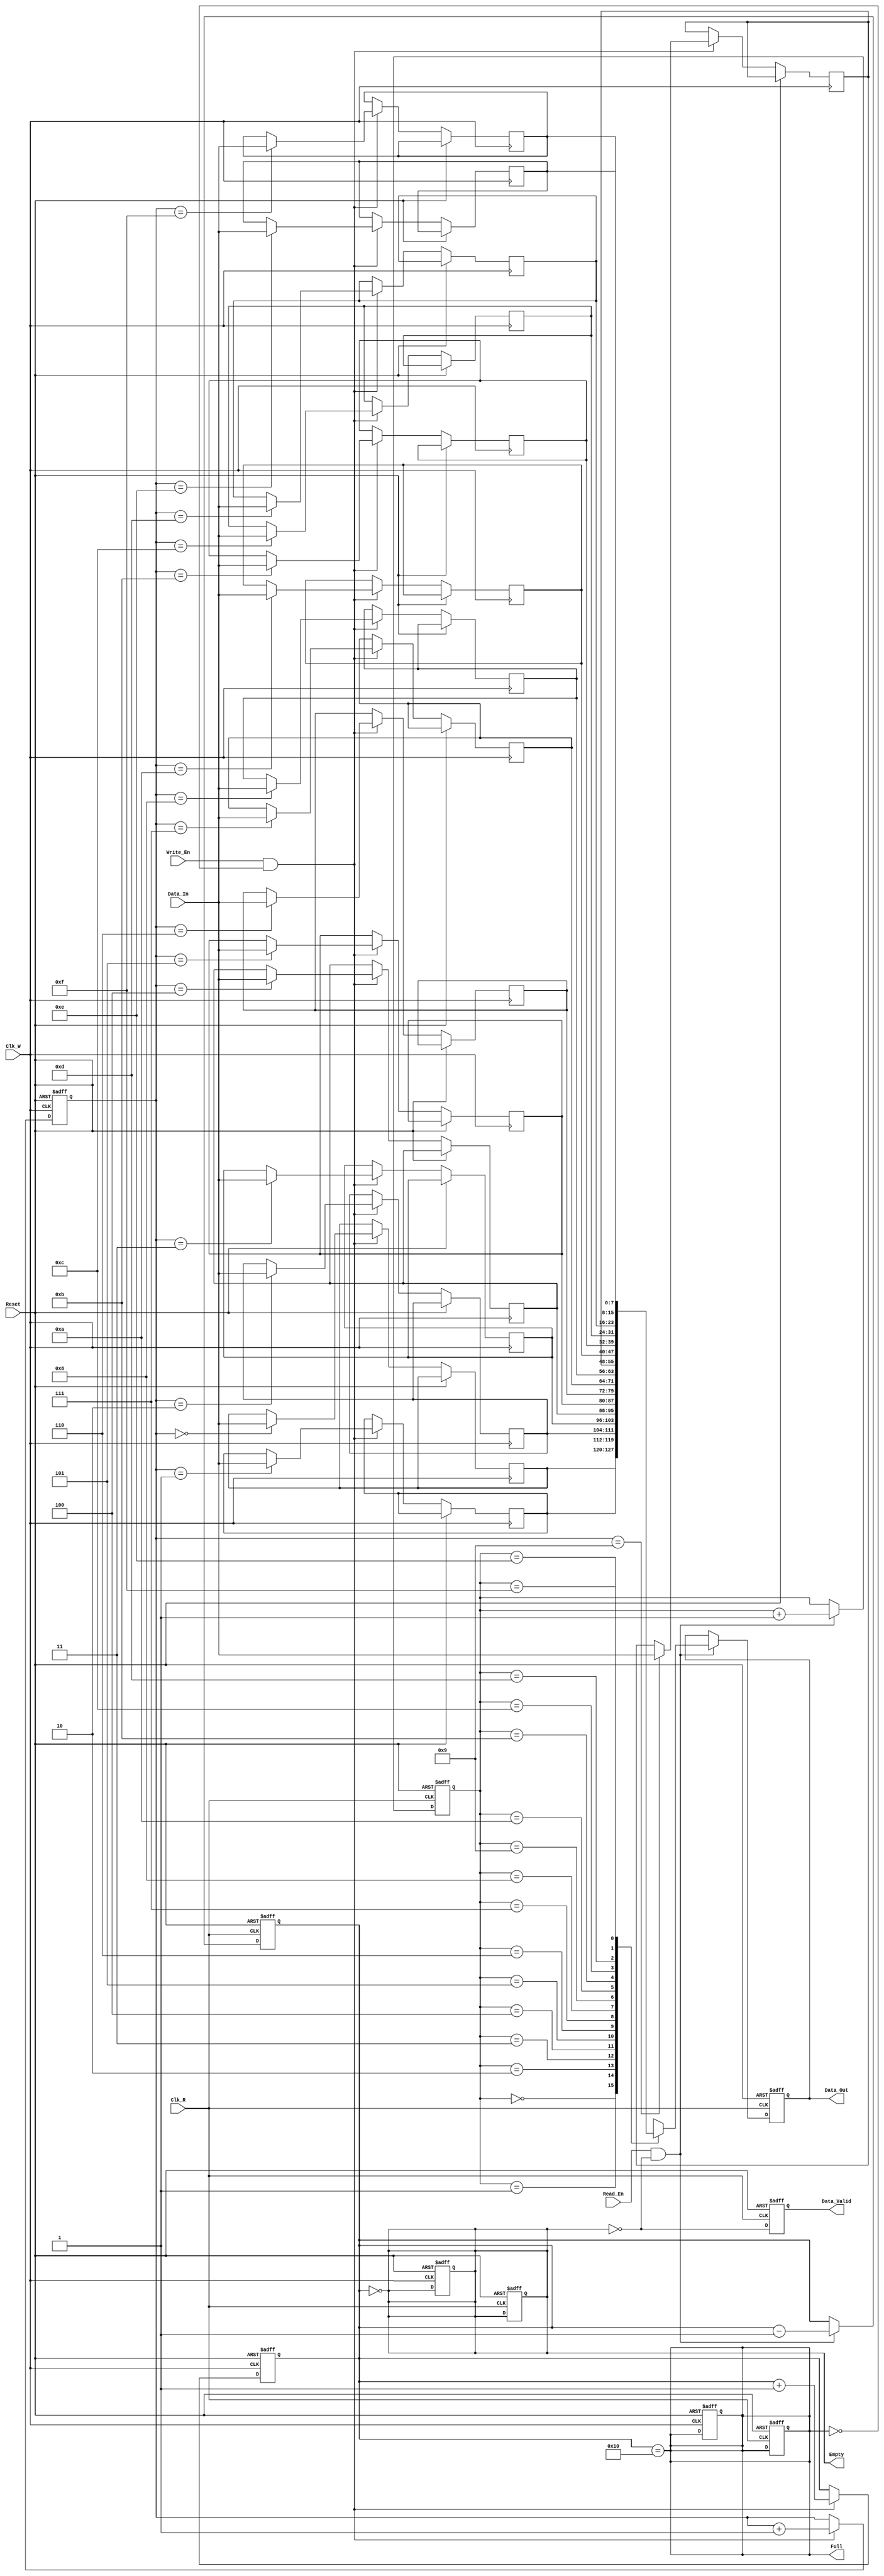
module dual_clock_fifo #(
    parameter DATA_WIDTH = 8,    // Width of the data
    parameter FIFO_DEPTH = 16     // Depth of the FIFO (must be a power of 2)
) (
    input wire Clk_W,             // Write clock
    input wire Clk_R,             // Read clock
    input wire Reset,             // Asynchronous reset
    input wire Write_En,          // Write enable
    input wire Read_En,           // Read enable
    input wire [DATA_WIDTH-1:0] Data_In, // Data input
    output reg [DATA_WIDTH-1:0] Data_Out, // Data output
    output reg Empty,             // FIFO empty flag
    output reg Full,              // FIFO full flag
    output reg Data_Valid         // Data valid signal
);

    // FIFO memory array
    reg [DATA_WIDTH-1:0] fifo_mem [0:FIFO_DEPTH-1];

    // Pointer registers
    reg [clog2(FIFO_DEPTH)-1:0] WPtr;
    reg [clog2(FIFO_DEPTH)-1:0] RPtr;
    reg [clog2(FIFO_DEPTH):0] Count; // To track the number of elements

    // Function to calculate log base 2
    function integer clog2;
        input integer value;
        begin
            value = value - 1;
            for (clog2 = 0; value > 0; clog2 = clog2 + 1)
                value = value >> 1;
        end
    endfunction

    // Asynchronous reset
    always @(posedge Clk_W or posedge Reset) begin
        if (Reset) begin
            WPtr <= 0;
            Count <= 0;
            Full <= 0;
            Empty <= 1;
        end else begin
            if (Write_En && !Full) begin
                fifo_mem[WPtr] <= Data_In;
                WPtr <= WPtr + 1;
                Count <= Count + 1;
            end
        end
    end

    always @(posedge Clk_R or posedge Reset) begin
        if (Reset) begin
            RPtr <= 0;
            Data_Out <= 0;
            Count <= 0;
            Full <= 0;
            Empty <= 1;
            Data_Valid <= 0;
        end else begin
            if (Read_En && !Empty) begin
                Data_Out <= fifo_mem[RPtr];
                RPtr <= RPtr + 1;
                Count <= Count - 1;
            end
            // Update flags
            Empty <= (Count == 0);
            Full <= (Count == FIFO_DEPTH);
            Data_Valid <= !Empty;
        end
    end

    // Update Full and Empty flags on Count changes
    always @(Count) begin
        Empty <= (Count == 0);
        Full <= (Count == FIFO_DEPTH);
    end

endmodule